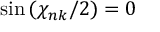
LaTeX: \sin { ( \chi _ { n k } / 2 ) } = 0